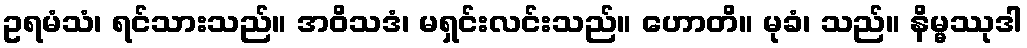
ဥရမံသံ၊ ရင်သားသည်။ အဝိသဒံ၊ မရှင်းလင်းသည်။ ဟောတိ။ မုခံ၊ သည်။ နိမ္မဿုဒါ